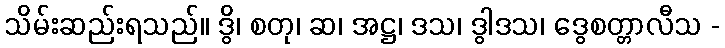
သိမ်းဆည်းရသည်။ ဒွိ၊ စတု၊ ဆ၊ အဋ္ဌ၊ ဒသ၊ ဒွါဒသ၊ ဒွေစတ္တာလီသ -